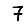
Digit: 7